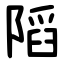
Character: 䧟